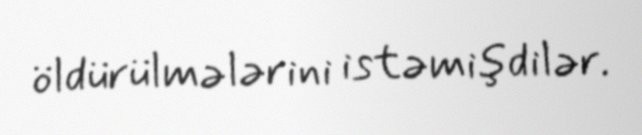
öldürülmələrini istəmişdilər.